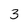
Character: 3